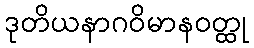
ဒုတိယနာဂဝိမာနဝတ္ထု